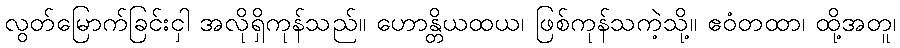
လွတ်မြောက်ခြင်းငှါ အလိုရှိကုန်သည်။ ဟောန္တိယထယ၊ ဖြစ်ကုန်သကဲ့သို့။ ဧဝံတထာ၊ ထို့အတူ၊